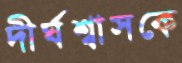
দীর্ঘশ্বাসকে